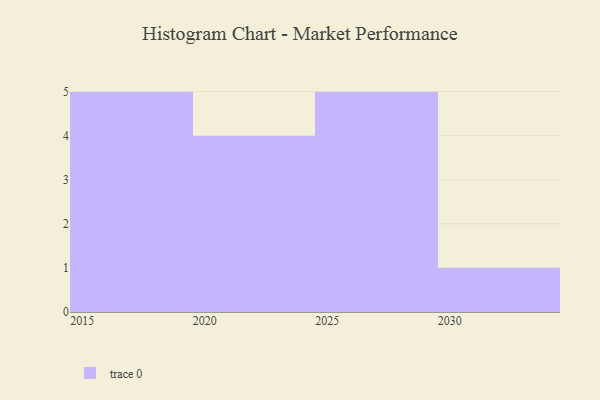
{"axis": {"x": "Year", "y": "Headcount"}, "legend": [""], "data": [{"x": "2028", "y": 63, "type": ""}, {"x": "2019", "y": 3, "type": ""}, {"x": "2024", "y": 93, "type": ""}, {"x": "2015", "y": 44, "type": ""}, {"x": "2020", "y": 80, "type": ""}, {"x": "2018", "y": 18, "type": ""}, {"x": "2030", "y": 66, "type": ""}, {"x": "2017", "y": 78, "type": ""}, {"x": "2027", "y": 51, "type": ""}, {"x": "2026", "y": 33, "type": ""}, {"x": "2016", "y": 63, "type": ""}, {"x": "2022", "y": 48, "type": ""}, {"x": "2029", "y": 99, "type": ""}, {"x": "2025", "y": 32, "type": ""}, {"x": "2021", "y": 20, "type": ""}]}